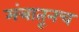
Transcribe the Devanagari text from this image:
मंत्रातूनच